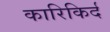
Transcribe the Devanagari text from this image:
कारिकिर्द